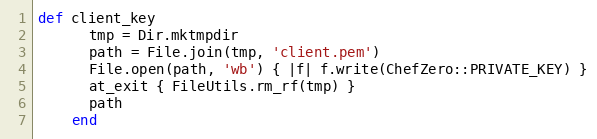
Language: Ruby
def client_key
      tmp = Dir.mktmpdir
      path = File.join(tmp, 'client.pem')
      File.open(path, 'wb') { |f| f.write(ChefZero::PRIVATE_KEY) }
      at_exit { FileUtils.rm_rf(tmp) }
      path
    end